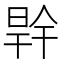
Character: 𭦜